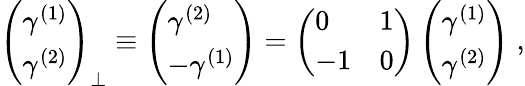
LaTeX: {\left(\begin{array}{l}{\gamma^{(1)}}\\ {\gamma^{(2)}}\end{array}\right)}_{\perp}\equiv\left(\begin{array}{l}{\gamma^{(2)}}\\ {-\gamma^{(1)}}\end{array}\right)=\left(\begin{array}{ll}{0}&{1}\\ {-1}&{0}\end{array}\right)\left(\begin{array}{l}{\gamma^{(1)}}\\ {\gamma^{(2)}}\end{array}\right)\; ,